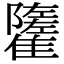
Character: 𩁌